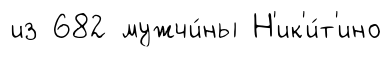
из 682 мужчи́ны Н'ик'и́т'ино